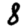
Digit: 8